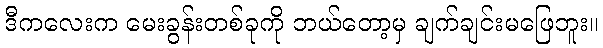
ဒီကလေးက မေးခွန်းတစ်ခုကို ဘယ်တော့မှ ချက်ချင်းမဖြေဘူး။